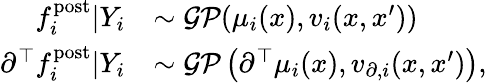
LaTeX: \begin{array}{rl}{f_{i}^{\mathrm{post}}|Y_{i}}&{\sim\mathcal{GP}(\mu_{i}(x),v_{i}(x,x^{\prime}))}\\ {\partial^{\top}f_{i}^{\mathrm{post}}|Y_{i}}&{\sim\mathcal{GP}\left(\partial^{\top}\mu_{i}(x),v_{\partial,i}(x,x^{\prime})\right),}\end{array}